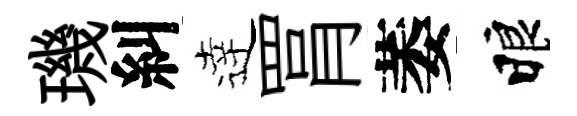
璣糾逹罥萎睱